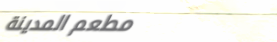
مطعم المدينة